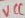
Text: VCC